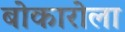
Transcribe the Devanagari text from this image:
बोकारोला